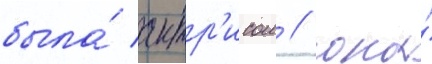
была́ актр'исои / она́